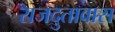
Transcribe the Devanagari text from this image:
राजदुतावास